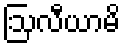
ဩလီယာမိ